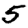
Digit: 5